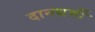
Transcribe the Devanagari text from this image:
दानधर्मी